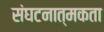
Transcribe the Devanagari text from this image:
संघटनात्मकता